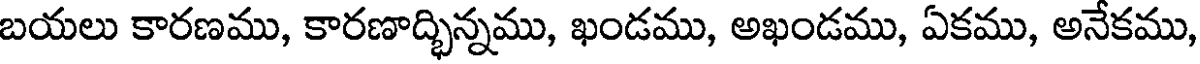
బయలు కారణము, కారణాద్భిన్నము, ఖండము, అఖండము, ఏకము, అనేకము,